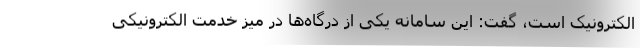
الکترونیک است، گفت: این سامانه یکی از درگاه‌ها در میز خدمت الکترونیکی